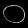
Digit: ၀